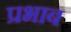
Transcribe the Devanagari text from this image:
प्रभाब